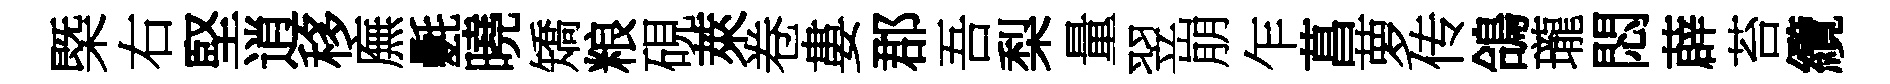
㮣右堅逍移廡氎曉矯粮硯萊卷婁郡吾梨量翌崩乍菖萝传鴿瓏悶薜苔纜